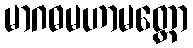
မာဂဓမဟာမတ္တော